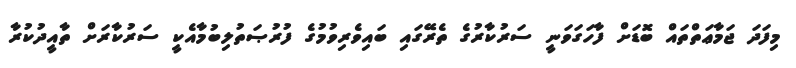
މިފަދަ ޖަމާޢަތްތައް ބޮޑަށް ފާހަގަވަނީ ސަރުކާރުގެ ތެރޭގައި ބައިވެރިވުމުގެ ފުރުޞަތުލިބުމާއެކީ ސަރުކާރަށް ތާއީދުކުރާ